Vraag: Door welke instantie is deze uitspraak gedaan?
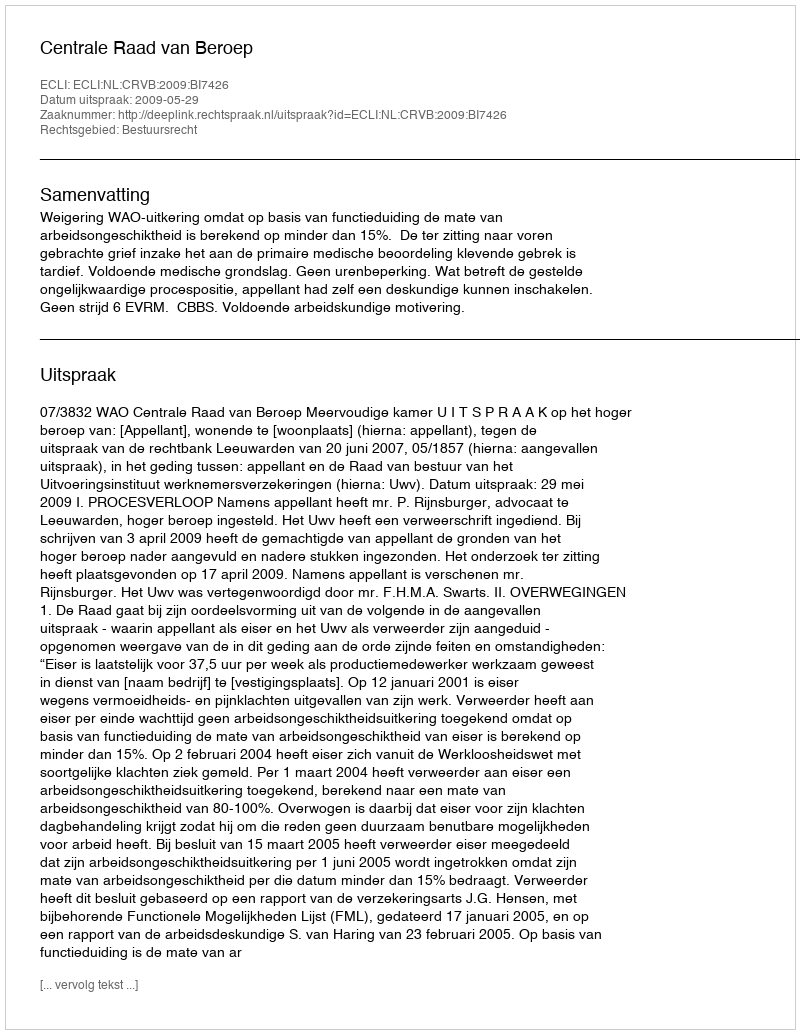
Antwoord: Centrale Raad van Beroep